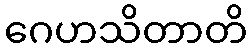
ဂေဟသိတာတိ